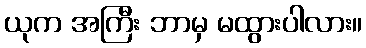
ယုက အကြီး ဘာမှ မထွားပါလား။